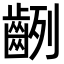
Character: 𪗿